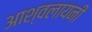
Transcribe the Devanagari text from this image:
आश्वलायनी